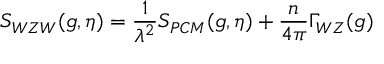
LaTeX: { \cal S } _ { W Z W } ( g , \eta ) = { \frac { 1 } { \lambda ^ { 2 } } } { \cal S } _ { P C M } ( g , \eta ) + { \frac { n } { 4 \pi } } \Gamma _ { W Z } ( g )